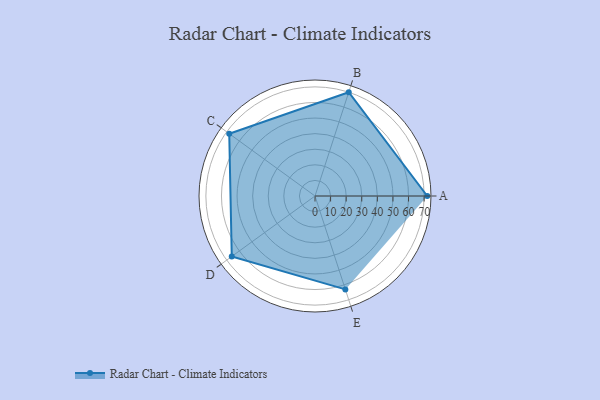
{"axis": {"x": "Skill", "y": "Score"}, "legend": ["Profile"], "data": [{"x": "A", "y": 72.0, "type": "Profile"}, {"x": "B", "y": 70.0, "type": "Profile"}, {"x": "C", "y": 68.0, "type": "Profile"}, {"x": "D", "y": 66.0, "type": "Profile"}, {"x": "E", "y": 63.0, "type": "Profile"}]}